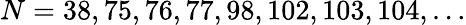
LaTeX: N=38,75,76,77,98,102,103,104,\dots